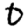
Digit: 0